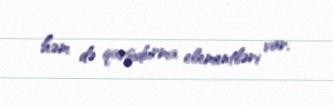
həm də qarşıdurma elementləri var.